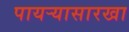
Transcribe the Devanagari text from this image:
पायऱ्यासारखा